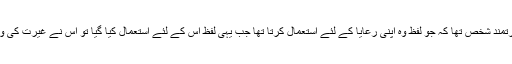
کیا ایوب واقعی ایک غیرتمند شخص تھا کہ جو لفظ وہ اپنی رعایا کے لئے استعمال کرتا تھا جب یہی لفظ اس کے لئے استعمال کیا گیا تو اس نے غیرت کی وجہ سے استعفیٰ دے دیا۔